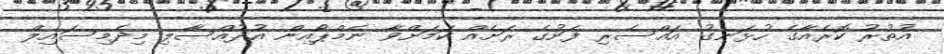
އުތުރު ކޮރެއާގެ ހުޅަނގު އައްސެރި ފަށުގެ ރަށެއް ކަމަށްވާ ނެމްޕޯއިން އުދުއްސާލި މިދެމިސައިލް